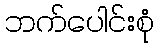
ဘက်ပေါင်းစုံ